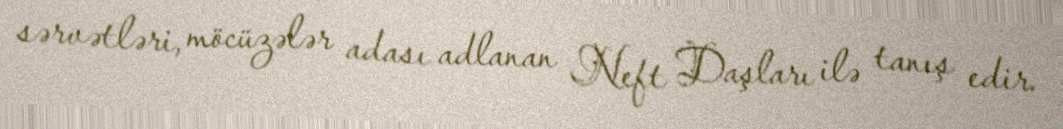
sərvətləri, möcüzələr adası adlanan Neft Daşları ilə tanış edir.